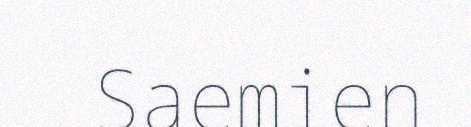
Saemien